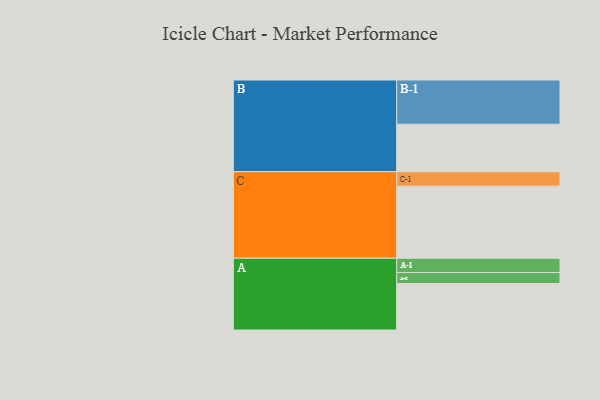
{"axis": {"x": "Segment", "y": "Value"}, "legend": ["", "A", "B", "C"], "data": [{"x": "A", "y": 312, "type": ""}, {"x": "B", "y": 319, "type": ""}, {"x": "C", "y": 484, "type": ""}, {"x": "A-1", "y": 96, "type": "A"}, {"x": "A-2", "y": 74, "type": "A"}, {"x": "B-1", "y": 297, "type": "B"}, {"x": "C-1", "y": 97, "type": "C"}]}